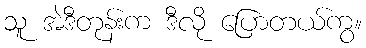
သူ အဲဒီတုန်းက ဒီလို ပြောတယ်ကွ။